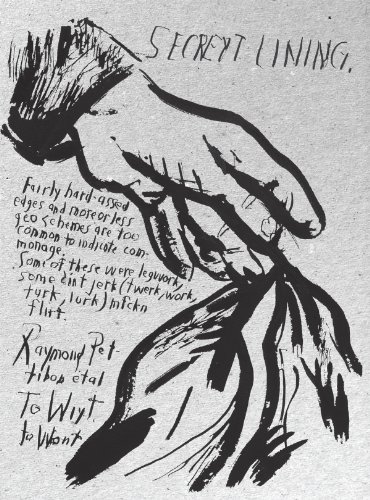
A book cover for Raymond Pettibon: To Wit; Lucas Zwirner; Arts & Photography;